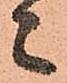
々